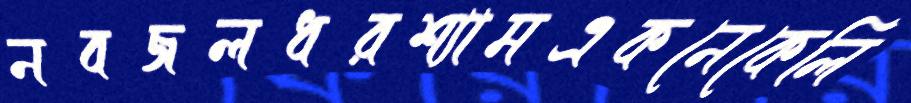
নবজলধরশ্যামএকনেকেলি